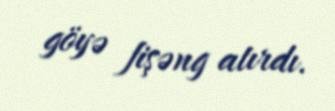
göyə fişəng atırdı.